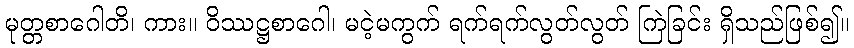
မုတ္တစာဂေါတိ၊ ကား။ ဝိဿဋ္ဌစာဂေါ၊ မငဲ့မကွက် ရက်ရက်လွတ်လွတ် ကြဲခြင်း ရှိသည်ဖြစ်၍။